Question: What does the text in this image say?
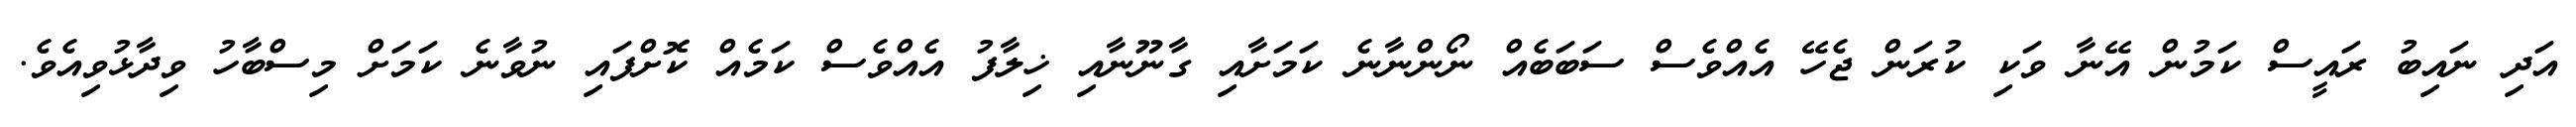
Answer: އަދި ނައިބު ރައީސް ކަމުން އޭނާ ވަކި ކުރަން ޖެހޭ އެއްވެސް ސަބަބެއް ނޯންނާނެ ކަމަށާއި ގާނޫނާއި ޚިލާފު އެއްވެސް ކަމެއް ކޮށްފައި ނުވާނެ ކަމަށް މިސްބާހު ވިދާޅުވިއެވެ.